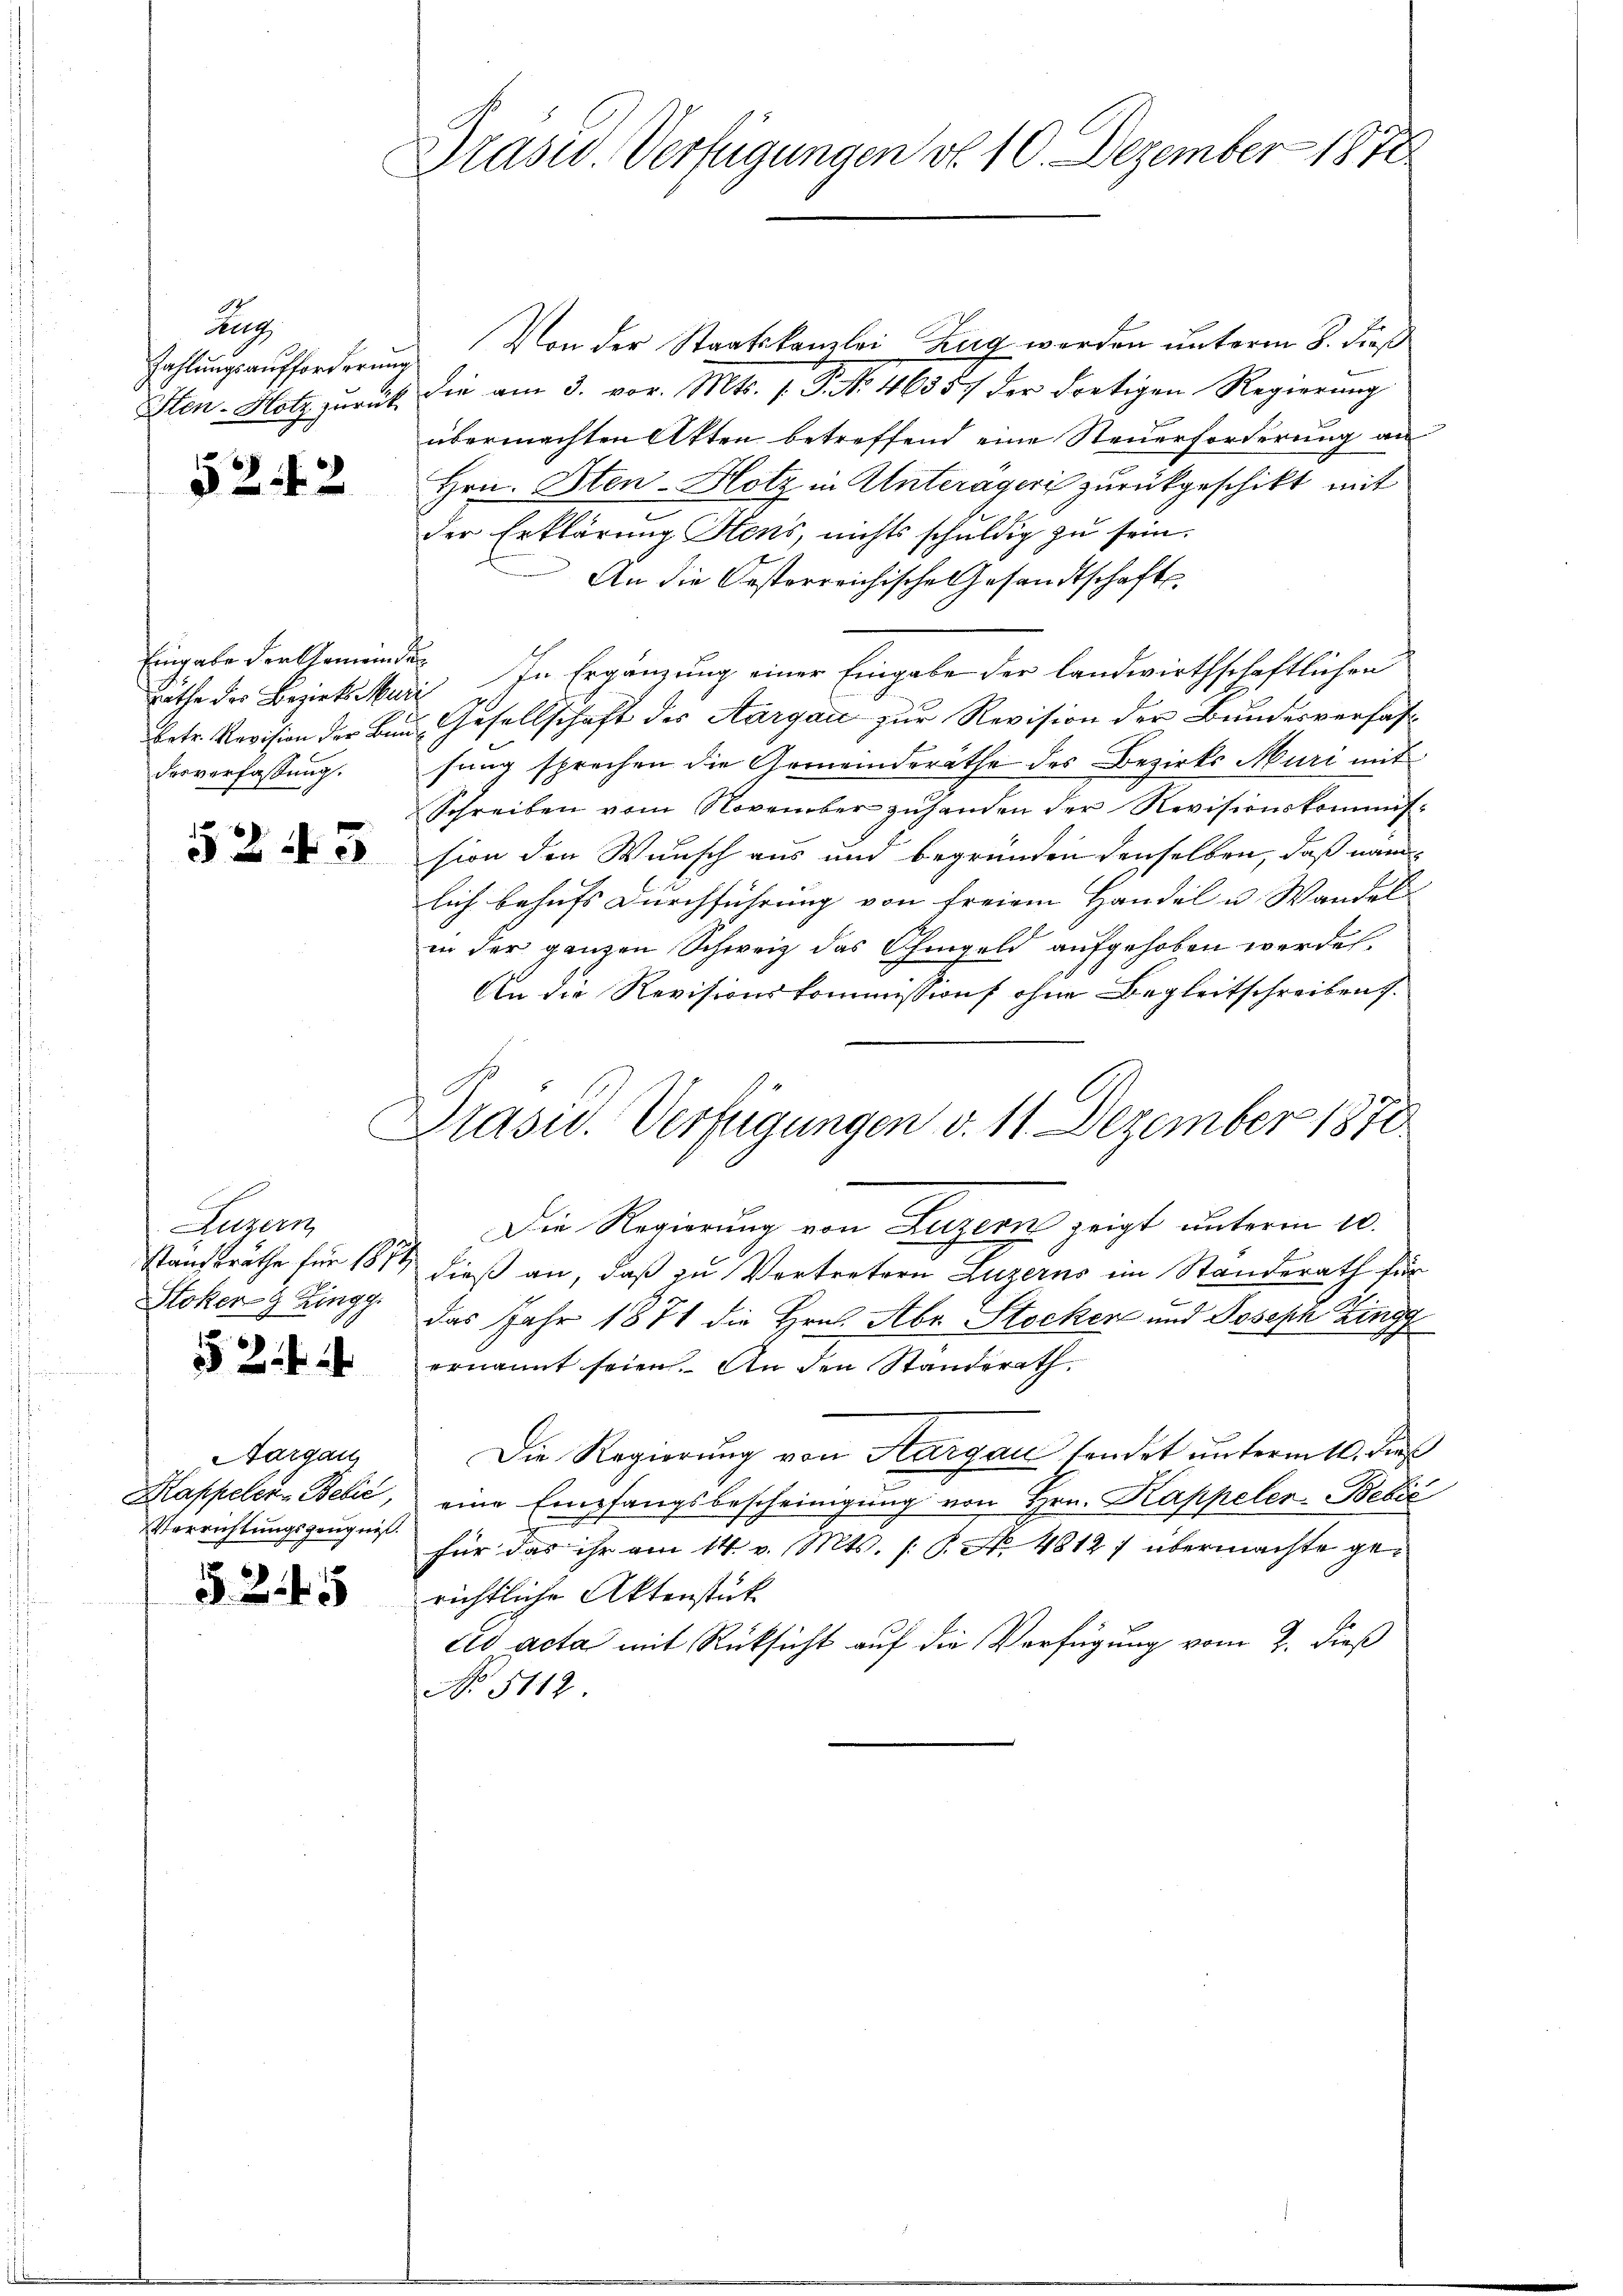
Aeg
Zahlungsaufforderung
Sten-Hotz zurück

52 f. 2

Eingabe der Gemeinder
desverfassung.

52 f 3

Luzern
staufsräthe für 1873,
Stoken 9 Zingg.

Aargau
Mappeler-Bebić,
Verrichtungszeugnis.

§. 2. 45

Drasen. Verfügungen d. 10. Dezember 1878

Von der Staatskanzlei Zug werden unterm 8. dieß
die am 3. vor. Mts. 1. P. No. 46357 der dretigen Regierung
übermachten Atten betreffend eine Steuerforderung an
Hrn. Iten-Hotz in Unterageri zurückgeschikt mit
der Erklärung Stens, nichts schuldig zu sein.
An die Oesterreichische Gesandtschafts¬
Räthe des Bezirks Muri In Ergänzung einer Eingabe der landwirthschaftlichen
Petr. Revision der Bau, Gesellschaft des Aargau zur Revision der Bundesverfasfung sprechen die Gemeinderäthe des Bezirks Muri mit
Schreiben vom November zuhanden der Revisionskommission den Wunsch aus und begründen denselben, daß nam
lich behufs Durchführung von freien Handel u. Wandel
in der ganzen Schweiz das Chingeld aufgehoben werden.
An die Revisionskommission ohne Begleitschreibens
Präsid. Verfügungen v. 11. Dezember 1878
Die Regierung von Luzern zeigt unterm 10.
dieß an, daß zu Vertretern Luzerns im Standerath für
das Jahr 1871 die Hrn. Aber Stocker und Joseph Zingg
ernannt seien. An den Standerath.
Die Regierung von Aargau sendet unterm 10. dieß
eine Empfangsbescheinigung von Hrn. Kappeler-Bebić
für das ihr am 14. v. Mts. [S. N. 4812) übermachte gerichtliche Aktenstück
ad acta mit Rücksicht auf die Verfügung vom 2. dieß
No 5112